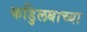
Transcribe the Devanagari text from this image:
कडुिलबाच्या